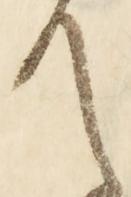
て